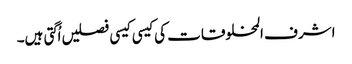
اشرف المخلوقات کی کیسی کیسی فصلیں اُگتی ہیں۔